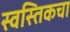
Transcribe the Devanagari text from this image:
स्वस्तिकचा